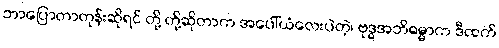
ဘာပြောတာတုန်းဆိုရင် တို့ တို့ဆိုတာက အပေါ်ယံလေးပဲတဲ့၊ ဗုဒ္ဓအဘိဓမ္မာက ဒီထက်